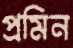
প্রমিন